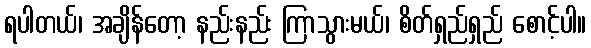
ရပါတယ်၊ အချိန်တော့ နည်းနည်း ကြာသွားမယ်၊ စိတ်ရှည်ရှည် စောင့်ပါ။